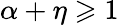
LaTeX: \alpha+\eta\geqslant 1